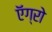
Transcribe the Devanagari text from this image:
ऍग्रो